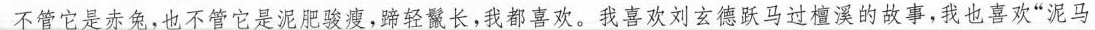
不管它是赤兔，也不管它是泥肥骏瘦，蹄轻鬣长，我都喜欢。我喜欢刘玄德跃马过檀溪的故事，我也喜欢“泥马